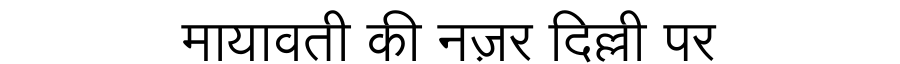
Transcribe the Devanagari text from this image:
मायावती की नज़र दिल्ली पर